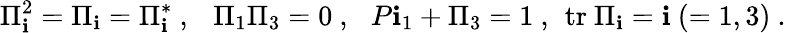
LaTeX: \Pi_{\mathbf{i}}^{2}=\Pi_{\mathbf{i}}=\Pi_{\mathbf{i}}^{*}\ ,\ \ \ \Pi_{1}\Pi_{3}=0\ ,\ \ \, P\mathbf{i}_{1}+\Pi_{3}=1\ ,\, \ \mathrm{{tr}}\ \Pi_{\mathbf{i}}=\mathbf{i}\ (=1,3)\ .